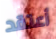
أعتقد